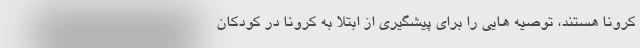
کرونا هستند، توصیه هایی را برای پیشگیری از ابتلا به کرونا در کودکان